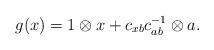
LaTeX: \begin{align*} g(x)=1\otimes x+c_{xb}c_{ab}^{-1}\otimes a. \end{align*}